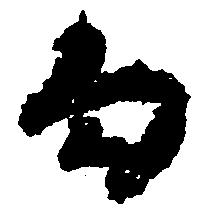
勾